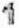
1